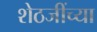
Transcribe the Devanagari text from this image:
शेठजींच्या